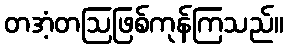
တအံ့တဩဖြစ်ကုန်ကြသည်။